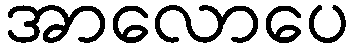
အာလောပေ